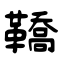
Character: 鞽